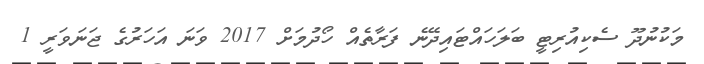
މަކުނުދޫ ސެކިއުރިޓީ ބަލަހައްޓައިދޭނެ ފަރާތެއް ހޯދުމަށް 2017 ވަނަ އަހަރުގެ ޖަނަވަރީ 1